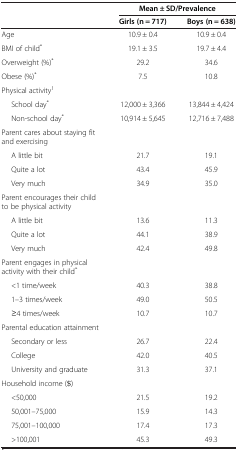
<table><thead><tr><td><b> </b></td><td colspan="2"><b>Mean ± SD/Prevalence</b></td></tr><tr><td><b> </b></td><td><b>Girls (n = 717)</b></td><td><b>Boys (n = 638)</b></td></tr></thead><tbody><tr><td>Age</td><td>10.9 ± 0.4</td><td>10.9 ± 0.4</td></tr><tr><td>BMI of child<sup>*</sup></td><td>19.1 ± 3.5</td><td>19.7 ± 4.4</td></tr><tr><td>Overweight (%)<sup>*</sup></td><td>29.2</td><td>34.6</td></tr><tr><td>Obese (%)<sup>*</sup></td><td>7.5</td><td>10.8</td></tr><tr><td>Physical activity<sup>1</sup></td><td> </td><td> </td></tr><tr><td>School day<sup>*</sup></td><td>12,000 ± 3,366</td><td>13,844 ± 4,424</td></tr><tr><td>Non-school day<sup>*</sup></td><td>10,914 ± 5,645</td><td>12,716 ± 7,488</td></tr><tr><td>Parent cares about staying fit and exercising</td><td> </td><td> </td></tr><tr><td>A little bit</td><td>21.7</td><td>19.1</td></tr><tr><td>Quite a lot</td><td>43.4</td><td>45.9</td></tr><tr><td>Very much</td><td>34.9</td><td>35.0</td></tr><tr><td>Parent encourages their child to be physical activity</td><td> </td><td> </td></tr><tr><td>A little bit</td><td>13.6</td><td>11.3</td></tr><tr><td>Quite a lot</td><td>44.1</td><td>38.9</td></tr><tr><td>Very much</td><td>42.4</td><td>49.8</td></tr><tr><td>Parent engages in physical activity with their child<sup>*</sup></td><td> </td><td> </td></tr><tr><td>&lt;1 time/week</td><td>40.3</td><td>38.8</td></tr><tr><td>1–3 times/week</td><td>49.0</td><td>50.5</td></tr><tr><td>≥4 times/week</td><td>10.7</td><td>10.7</td></tr><tr><td>Parental education attainment</td><td> </td><td> </td></tr><tr><td>Secondary or less</td><td>26.7</td><td>22.4</td></tr><tr><td>College</td><td>42.0</td><td>40.5</td></tr><tr><td>University and graduate</td><td>31.3</td><td>37.1</td></tr><tr><td>Household income ($)</td><td> </td><td> </td></tr><tr><td>&lt;50,000</td><td>21.5</td><td>19.2</td></tr><tr><td>50,001–75,000</td><td>15.9</td><td>14.3</td></tr><tr><td>75,001–100,000</td><td>17.4</td><td>17.3</td></tr><tr><td>&gt;100,001</td><td>45.3</td><td>49.3</td></tr></tbody></table>